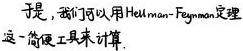
于是，我们可以用Heilman - Feynman定理这一简便工具来计算。